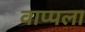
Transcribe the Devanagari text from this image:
वाप्पला